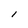
Character: l